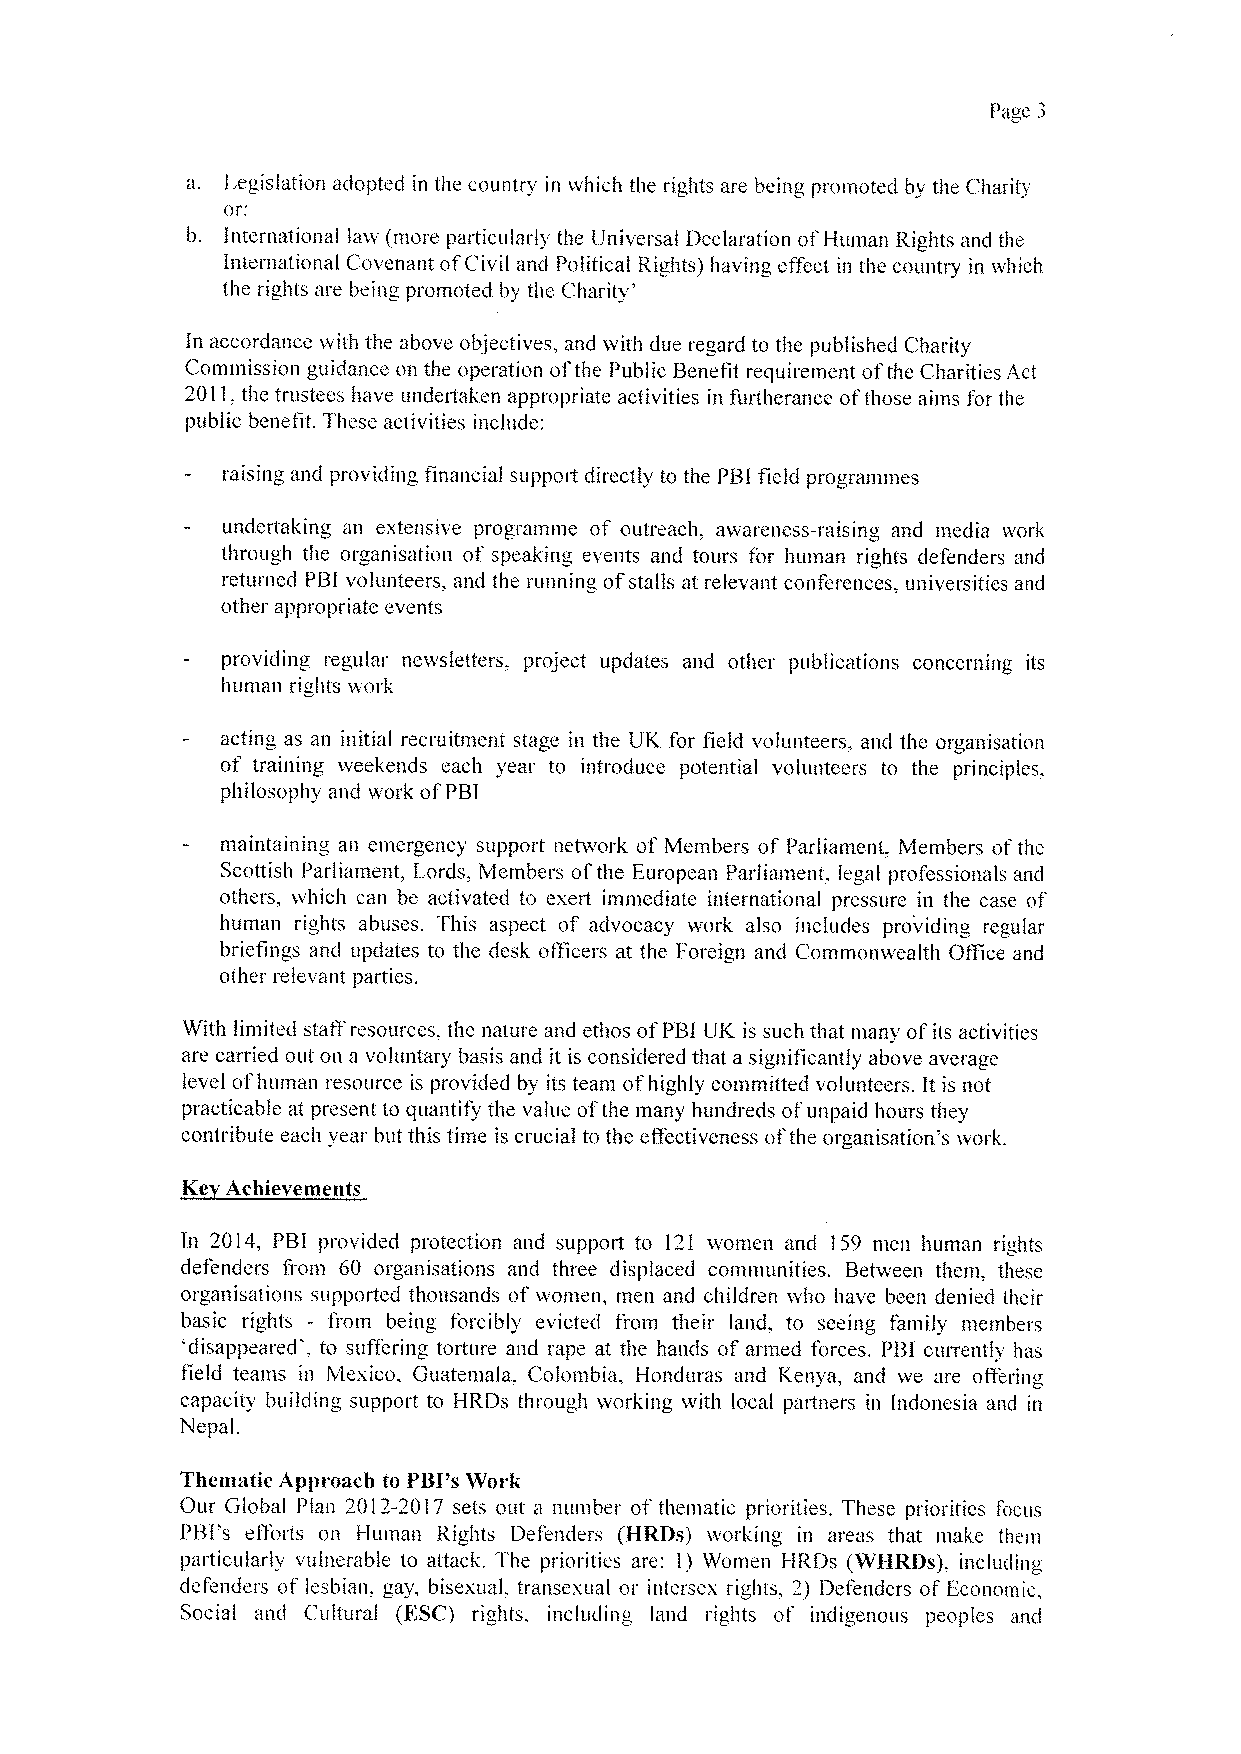
Page 3
 a. Legislation adopted in the country in which the rights are being promoted by the Charity
 or:
 b. International law (more particularly the Universal Declaration ofHuman Rights and the
 International Covenant ofCivil and Political Rights} having effect in the country in which
 the rights are being promoted by the Charity'
 In accordance with the above objectives, and with due regard to the published Charity
 Commission guidance on the operation ofthe Public Benefit requirement ofthe Charities Act
 2011,the trustees have undeitaken appropriate activities in fiirtherance ofthose aims for the
 public benetit. These activities include:
 raising and providing Anaiicial suppoit directly to the PBIfield programmes
 undertaking an extensive programme of outreach, awareness-raising and media vork
 through the organisation of speaking events and tours for human rights defenders and
 returned PBI volunteers, and the running ofstalls at relevant conferences, universities and
 other appropriate events
 providing regular newsletters, project updates and other publications concerning its
 human rights work
 acting as an initial recruitment stage in the UK for field volunteers, and the organisation
 of training weekends each year to introduce potential volunteers to the principles.
 philosophy and v«ork ofPBI
 maintaining an emergency support network of Members of Parliament, Members of the
 Scottish Parliament, I ords, Members ofthe European Parliament, legal professionals and
 others, which can be activated to exert iinnlediate international pressure in the case of
 human rights abuses. This aspect of advocacy vvork also includes providing regular
 briefings and updates to the desk officers at the Foreign and Commonwealth OAice and
 other relevant parties.
 With limited staA resources. the nature and ethos ofPBI UK is such that many ofits activities
 are carried out on a voluntary basis and it is considered that a significantly above average
 level ofhuman resource is provided by its team of highly committed volunteers. It is not
 practicable at present to quantify the value of'the many hundreds ofunpaid hours they
 contribute each year but this time is crucial to the eAectiveness ofthe organisation's work.
 Ke Achievements
 In 2014, PBI provided protection and support to 121 women and 159 men human rights
 defenders from 60 organisations and three displaced communities. Between them, these
 organisations supported thousands of woinen, men and children who have been denied their
 basic rights - from being forcibly evicted from their land, to seeing family members
 'disappeared . to suffering torture and rape at the hands of armed forces. PBI currently has
 Iield teains in Mexico, Guatemala. Colombia. Honduras and Kenya, and we are offering
 capacity building support to HRDs through working with local partners in Indonesia and in
 Nepal.
 Thematic Approach to PBI "sWork
 Our Global Plan 2012-2017 sets out a nuinber of thematic priorities, These priorities focus
 PBI's efforts on Human Rights Defenders (HRDs} worl'ing in areas that make them
 particularly vulnerable to attacl. The priorities are: 1) Women HRDs (WHRos), including
 defenders of lesbian, gay„bisexual, transexual or intersex. rights, 2) Defenders of Economic,
 Social and Cultural (ESC) rights, including land rights ot indigenous peoples and